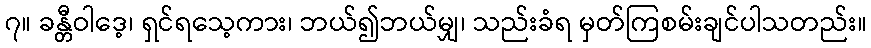
၇။ ခန္တီဝါဒေ့၊ ရှင်ရသေ့ကား၊ ဘယ်၍ဘယ်မျှ၊ သည်းခံရ မှတ်ကြစမ်းချင်ပါသတည်း။